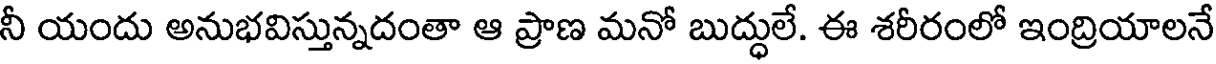
నీ యందు అనుభవిస్తున్నదంతా ఆ ప్రాణ మనో బుద్ధులే. ఈ శరీరంలో ఇంద్రియాలనే